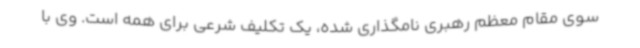
سوی مقام معظم رهبری نامگذاری شده، یک تکلیف شرعی برای همه است. وی با